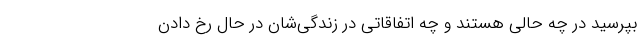
بپرسید در چه حالی هستند و چه اتفاقاتی در زندگی‌شان در حال رخ دادن